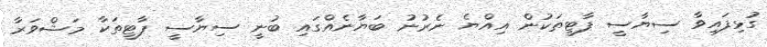
ގުޅިފައިވާ ސިޔާސީ ޕާޓީތަކުން އިއްޔެ ނެރުނު ބަޔާނެއްގައި ބުނީ ސިޔާސީ ޕާޓީތަކާ މަޝްވަރާ